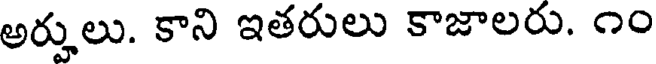
అర్హులు. కాని ఇతరులు కాజాలరు. ౧౦